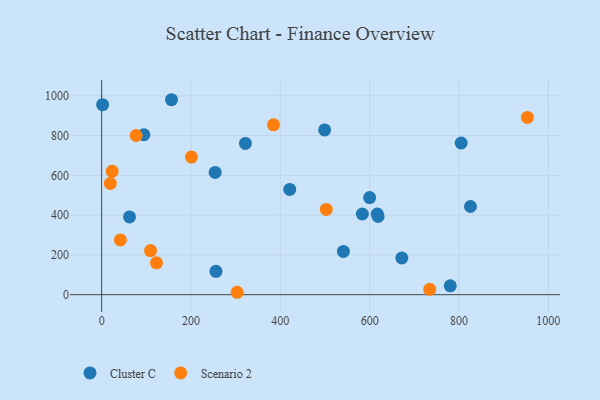
{"axis": {"x": "Distance", "y": "Demand"}, "legend": ["Cluster C", "Scenario 2"], "data": [{"x": "672.0", "y": 184.6, "type": "Cluster C"}, {"x": "321.9", "y": 760.6, "type": "Cluster C"}, {"x": "780.4", "y": 44.6, "type": "Cluster C"}, {"x": "94.5", "y": 804.2, "type": "Cluster C"}, {"x": "255.9", "y": 117.4, "type": "Cluster C"}, {"x": "499.2", "y": 828.3, "type": "Cluster C"}, {"x": "617.1", "y": 405.8, "type": "Cluster C"}, {"x": "804.8", "y": 762.7, "type": "Cluster C"}, {"x": "254.1", "y": 614.8, "type": "Cluster C"}, {"x": "421.0", "y": 529.2, "type": "Cluster C"}, {"x": "618.8", "y": 393.1, "type": "Cluster C"}, {"x": "2.2", "y": 955.4, "type": "Cluster C"}, {"x": "62.4", "y": 391.0, "type": "Cluster C"}, {"x": "599.9", "y": 488.3, "type": "Cluster C"}, {"x": "583.5", "y": 405.8, "type": "Cluster C"}, {"x": "825.6", "y": 443.4, "type": "Cluster C"}, {"x": "541.2", "y": 217.6, "type": "Cluster C"}, {"x": "156.4", "y": 980.4, "type": "Cluster C"}, {"x": "953.0", "y": 891.3, "type": "Scenario 2"}, {"x": "502.8", "y": 429.0, "type": "Scenario 2"}, {"x": "303.3", "y": 12.2, "type": "Scenario 2"}, {"x": "23.5", "y": 620.6, "type": "Scenario 2"}, {"x": "19.4", "y": 559.6, "type": "Scenario 2"}, {"x": "77.2", "y": 800.5, "type": "Scenario 2"}, {"x": "122.8", "y": 160.2, "type": "Scenario 2"}, {"x": "41.9", "y": 275.6, "type": "Scenario 2"}, {"x": "734.3", "y": 27.0, "type": "Scenario 2"}, {"x": "384.7", "y": 854.0, "type": "Scenario 2"}, {"x": "201.0", "y": 691.8, "type": "Scenario 2"}, {"x": "109.4", "y": 221.9, "type": "Scenario 2"}]}